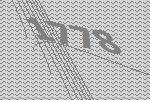
1778